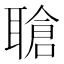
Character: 𬚤